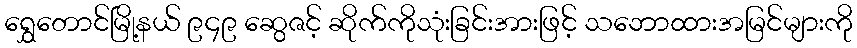
ရွှေတောင်မြို့နယ် ၉၄၉ ဆွေဇင့် ဆိုက်ကိုသုံးခြင်းအားဖြင့် သဘောထားအမြင်များကို